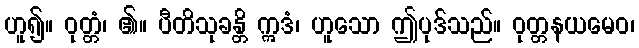
ဟူ၍။ ဝုတ္တံ၊ ၏။ ပီတိသုခန္တိ ဣဒံ၊ ဟူသော ဤပုဒ်သည်။ ဝုတ္တနယမေဝ၊